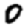
Digit: 0